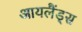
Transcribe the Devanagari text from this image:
आयलैंड्स